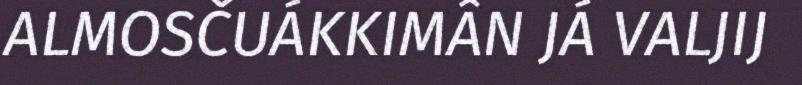
ALMOSČUÁKKIMÂN JÁ VALJIJ